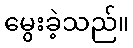
မွေးခဲ့သည်။